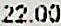
22.00